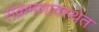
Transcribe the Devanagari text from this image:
संक्रमणावस्थेत